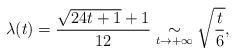
LaTeX: \begin{align*}\lambda(t) = \frac{\sqrt{24t+1}+1}{12 } \underset{t\to +\infty}{\sim} \sqrt{\frac t6},\end{align*}